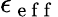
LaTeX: \epsilon_{\mathrm{~e~f~f~}}